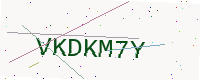
Text: VKDKM7Y